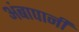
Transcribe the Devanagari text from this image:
अंबापानी